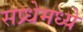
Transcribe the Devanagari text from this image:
सप्र्धेमध्ये